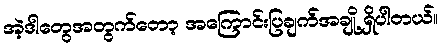
အဲ့ဒါတွေအတွက်တော့ အကြောင်းပြချက်အချို့ ရှိပါတယ်။